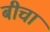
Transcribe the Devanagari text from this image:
बीचा